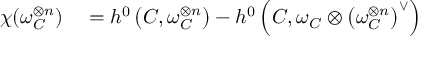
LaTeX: \begin{array} { r l } { \chi ( \omega _ { C } ^ { \otimes n } ) } & { { } = h ^ { 0 } \left( C , \omega _ { C } ^ { \otimes n } \right) - h ^ { 0 } \left( C , \omega _ { C } \otimes \left( \omega _ { C } ^ { \otimes n } \right) ^ { \vee } \right) } \end{array}